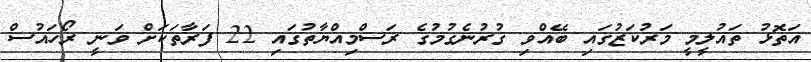
އަތޮޅު ތައުލީމީ މަރުކަޒުގައި ބޭއްވި ގުރުނެގުމުގެ ރަސްމިއްޔާތުގައި 22 ފަރާތަކަށް ވަނީ ރޯހައުސް